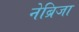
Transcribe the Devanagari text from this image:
नेब्रिजा